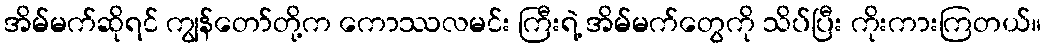
အိမ်မက်ဆိုရင် ကျွန်တော်တို့က ကောဿလမင်း ကြီးရဲ့ အိမ်မက်တွေကို သိပ်ပြီး ကိုးကားကြတယ်။